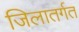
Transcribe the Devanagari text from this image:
जिलातर्गत